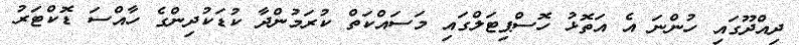
ދިއްދޫގައި ހުންނަ އެ އަތޮޅު ހޮސްޕިޓަލްގައި މަސައްކަތް ކުރަމުންދާ ކުޑަކުދިންގެ ހާއްސަ ޑޮކްޓަރު